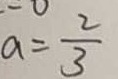
a = \frac { 2 } { 3 }